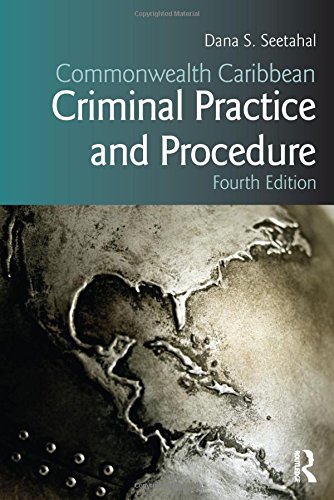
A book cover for Commonwealth Caribbean Criminal Practice and Procedure (Commonwealth Caribbean Law); Dana S. Seetahal; Law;